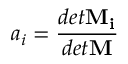
a _ { i } = \frac { d e t \mathbf { M _ { i } } } { d e t \mathbf { M } }